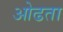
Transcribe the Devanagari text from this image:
ओढता